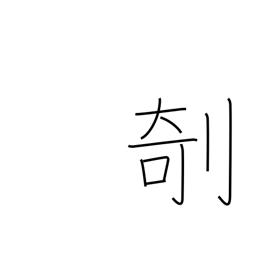
Meaning: carve